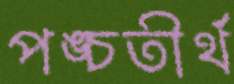
পঙ্চতীর্থ